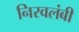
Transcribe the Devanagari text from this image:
निरवलंबी